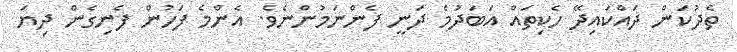
ތެދުކަން ދައްކައިދޭ ހެކިތައް އަބަދުމެ ދަނީ ފެންނަމުންނެވެ. އެންމެ ފަހުން ފެނިގެން ދިޔަ